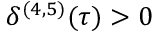
\delta ^ { ( 4 , 5 ) } ( \tau ) > 0